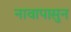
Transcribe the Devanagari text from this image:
नावापासुन